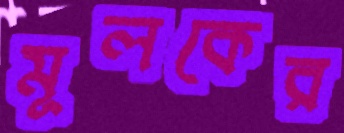
মূলকের